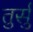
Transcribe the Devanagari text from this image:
तुर्सु